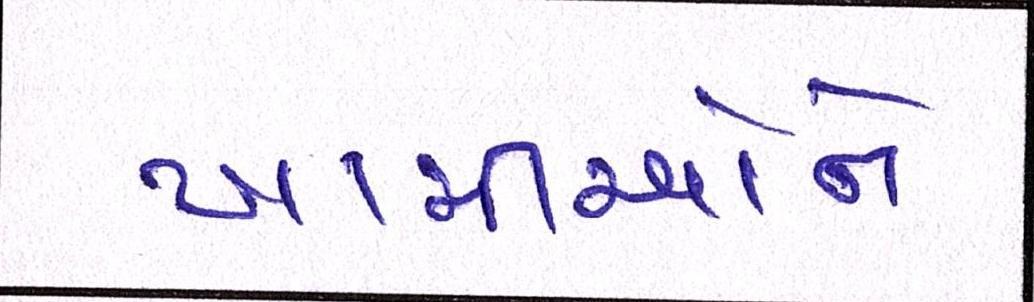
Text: ખામીઓને